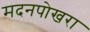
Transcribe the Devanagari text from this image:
मदनपोखरा